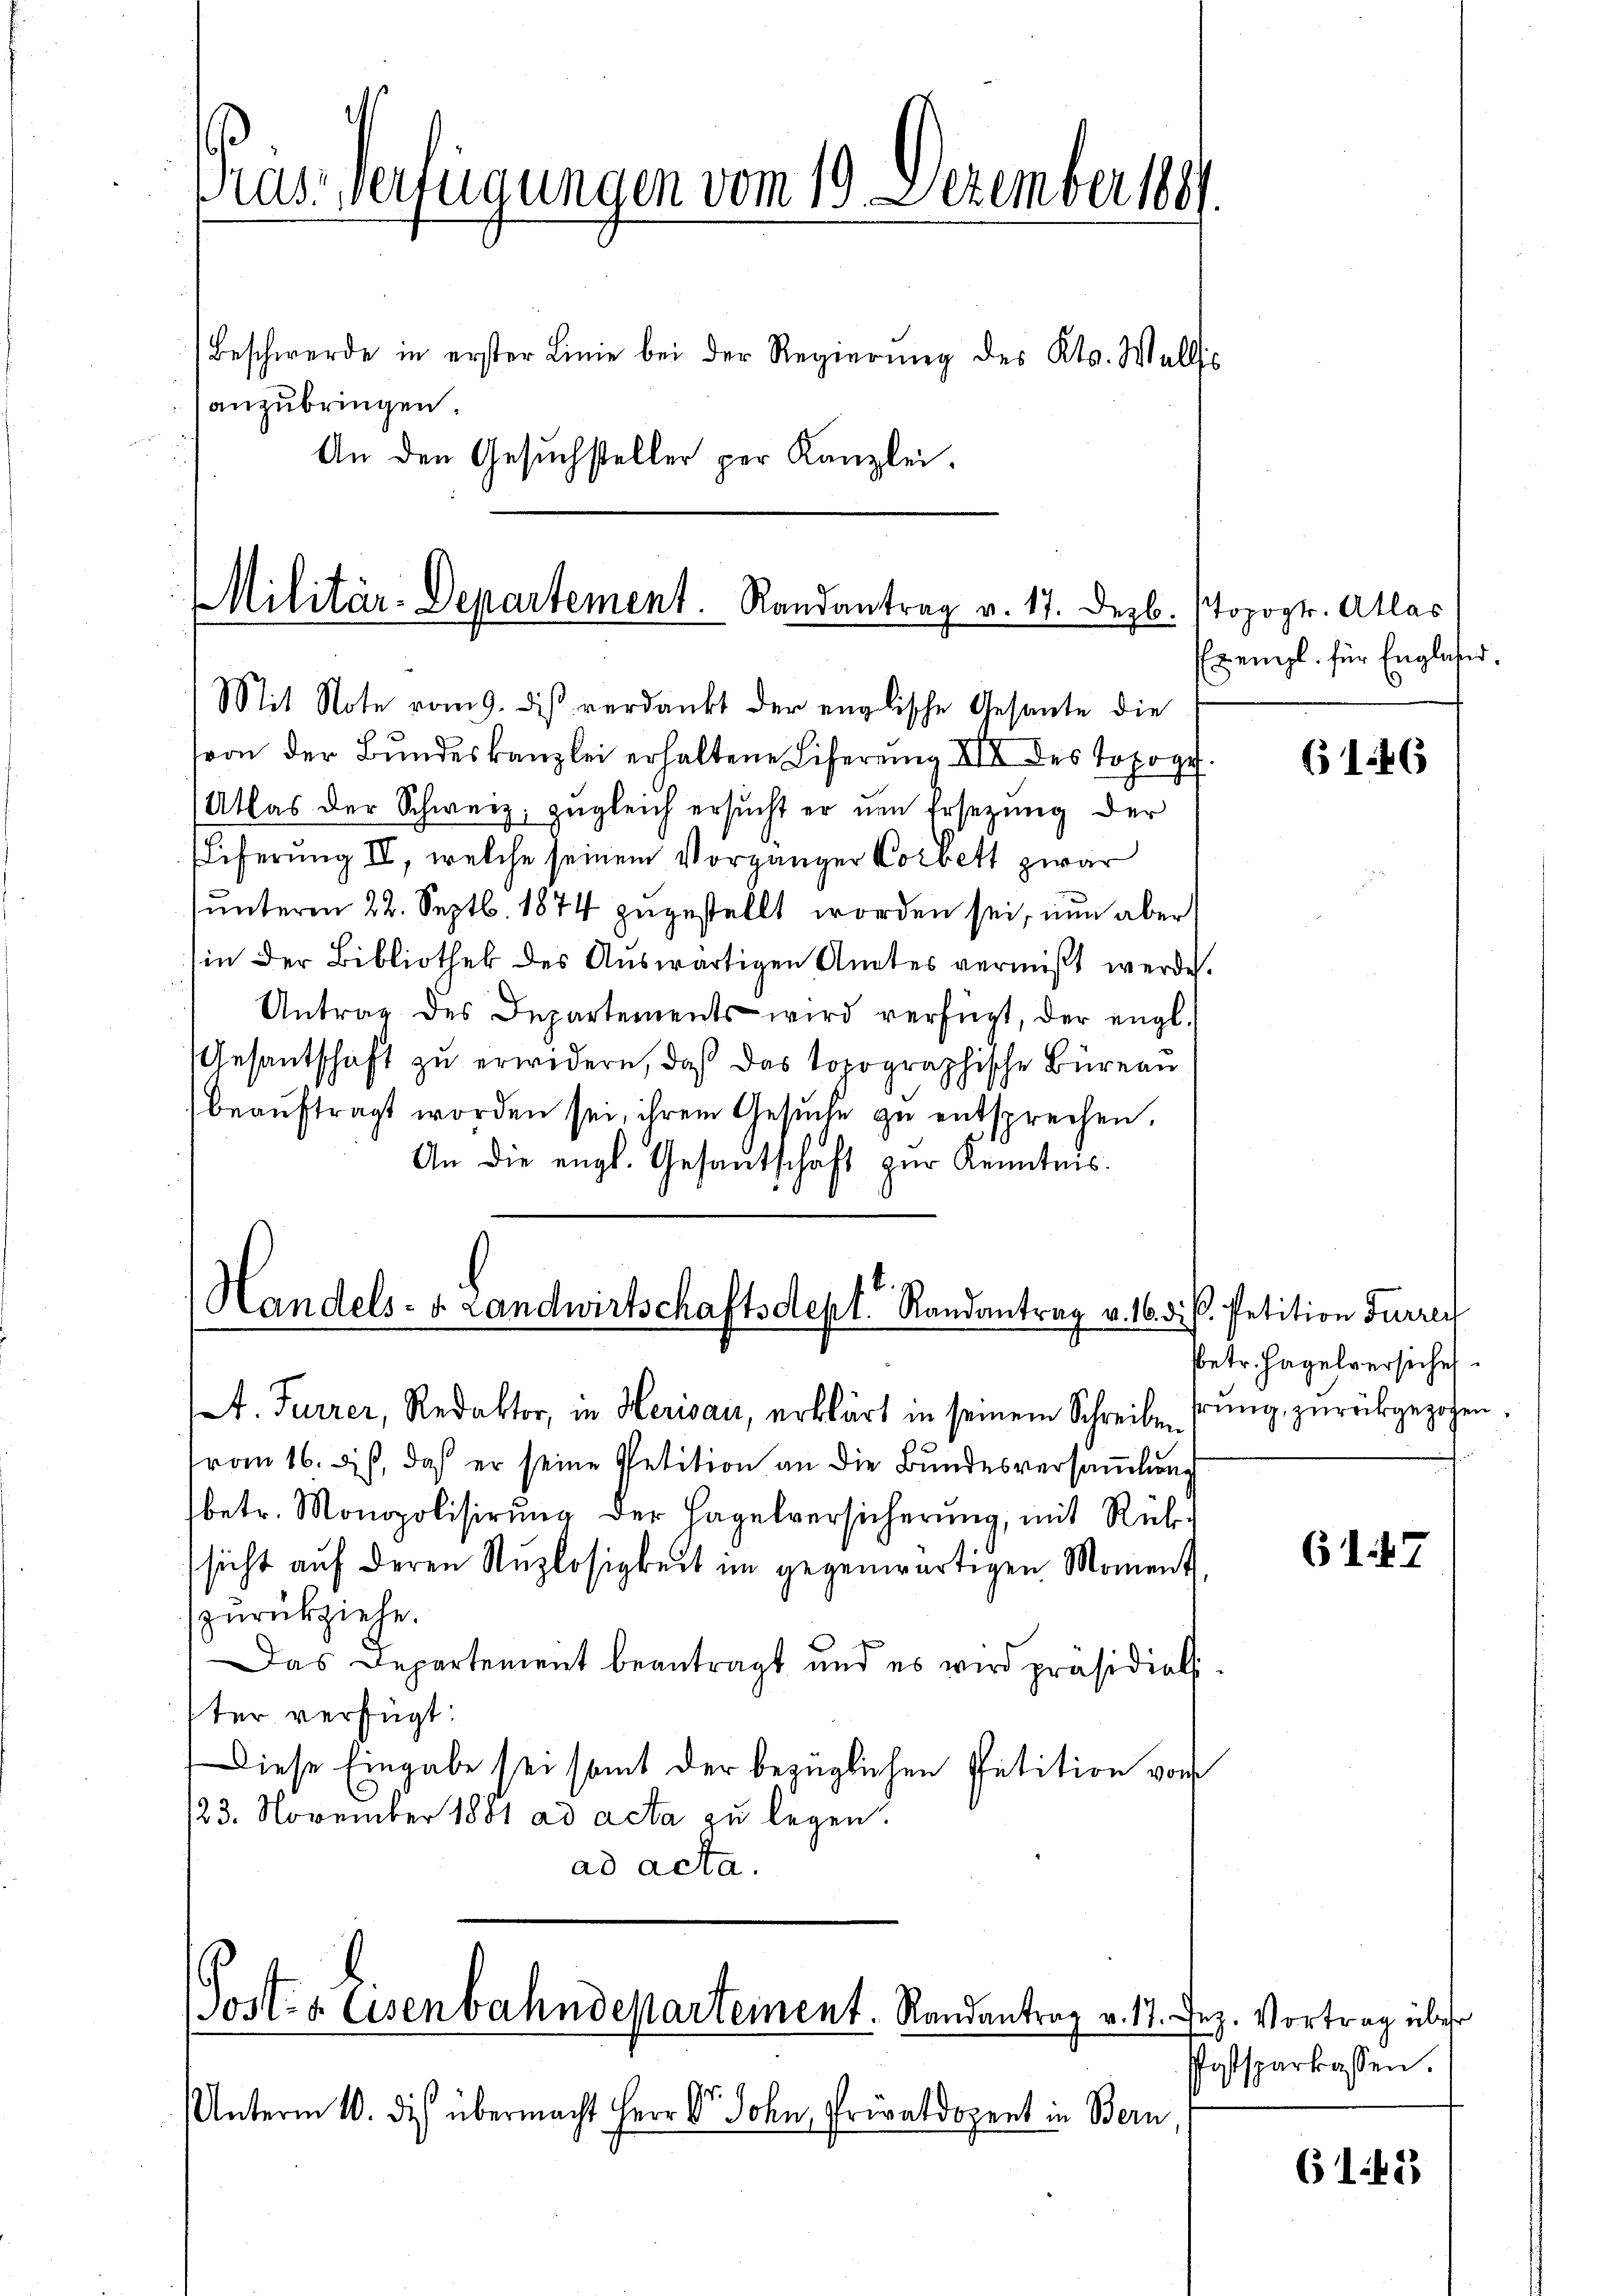
Prassverfügungen vom 19. Dezember 1881.
Beschwerde in erster Linie bei der Regierŭng des Kts. Wallis
anzubringen.
An den Gesuchsteller per Kanzlei.

Militär-Departement. Randantrag v. 17. Dezb.
Mit Note vom 9. diß verdankt der englische Gesante die

sion der Bundeskanzlei erhaltene Lifereng XII des Topogr
Atlas der Schweiz, zugleich ersucht er um Ersezung der
Eiferung IV, welche seinem Vorgänger Vorbett zwar
unterm 22. Septb. 1874 zugestellt worden sei, nun aber
in der Bibliothek des Auswärtigen Amtes vermißt werde.
Antrag des Departements wird verfügt, der engl.
Gesantschaft zŭ erwidern, daß das topographische Büreau
beaŭftragt worden sei, ihrem Gesŭche zŭ entsprechen.
An die engl. Gesantschaft zur Kenntnis.

Handels- u. Landwirtschaftsdept. Randantrag v. 16. d.

Josts Eisenbahndepartement. Randantrag v. 17. Jez. Vortrag über

A. Furrer, Redaktor, in Herisau, erklärt in seinem Schreiben
from 16. ds, daß er seine Petition an die Bundesversamlung
betr. Monopolisirung der Hagelversicherung, mit Rüksicht auf deren Nuzlosigkeit im gegenwärtigen Moment,
zurückziehe.
Das Departement beantragt und es wird präsidial-
ter verfügt:
Diese Eingabe sei samt der bezüglichen Petition von
/23. November 1881 ad acta zu legen.
ad acta.

Unterm 10. ds. übermacht Herr Dr. Sohn, Privatdozent in Bern

Topogt. Atlas
Exempl. für Englaser.

6146

. Petition Furren
sbetr. Hagelversiche
hrung, zurückgezogen

61. 47

Postsparkassen.

61.45